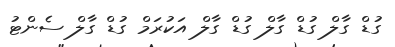
ގުޑް ގާލް ގުޑް ގާލް ގުޑް ގާލް އަކުރަމް ގުޑް ގާލް ސެންޓު